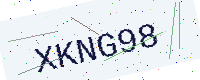
Text: XKNG98